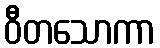
ဝီတသောကာ